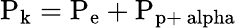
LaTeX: \mathrm{P_{k}=P_{e}+P_{p+\ alpha}}